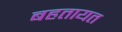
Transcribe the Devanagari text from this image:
बहतायत